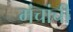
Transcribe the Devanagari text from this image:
मंचांची